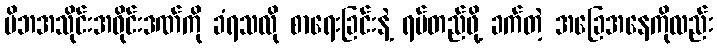
မိဘအသိုင်းအဝိုင်းဒဏ်ကို ခံရသလို စာရေးခြင်းနဲ့ ရပ်တည်ဖို့ ခက်တဲ့ အခြေအနေကိုလည်း